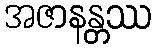
အဇာနန္တဿ